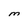
Character: M